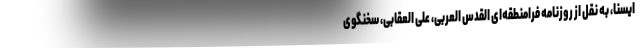
ایسنا، به نقل از روزنامه فرامنطقه‌ای القدس العربی، علی العقابی، سخنگوی